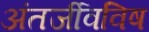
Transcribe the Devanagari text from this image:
अंतर्जीवविष